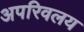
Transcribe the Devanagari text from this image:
अपरिवलय